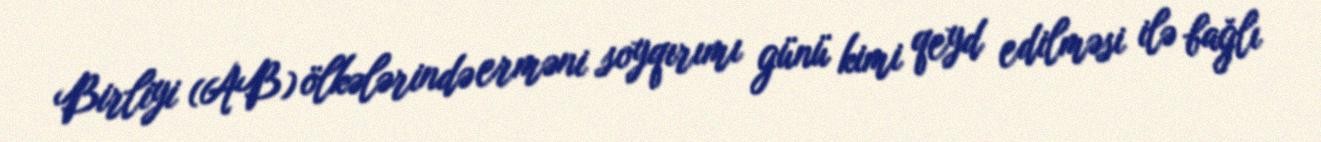
Birliyi (AB) ölkələrində erməni soyqırımı günü kimi qeyd edilməsi ilə bağlı